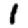
Digit: 1